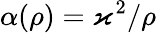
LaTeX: \alpha(\rho)=\varkappa^{2}/\rho